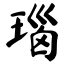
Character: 瑙